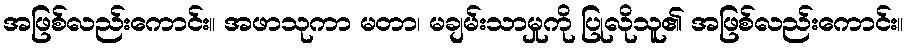
အဖြစ်လည်းကောင်း။ အဖာသုကာ မတာ၊ မချမ်းသာမှုကို ပြုလိုသူ၏ အဖြစ်လည်းကောင်း။